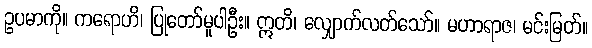
ဥပမာကို။ ကရောဟိ၊ ပြုတော်မူပါဦး။ ဣတိ၊ လျှောက်လတ်သော်။ မဟာရာဇ၊ မင်းမြတ်။